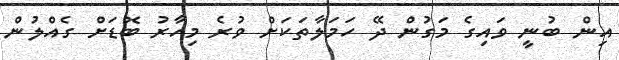
އިން ބުނީ ވައިގެ މަގުން ދޭ ހަމަލާތަކަށް ވުރެ މިހާރު ބޮޑަށް ގެއްލުން